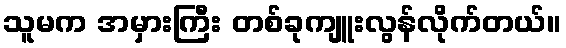
သူမက အမှားကြီး တစ်ခုကျူးလွန်လိုက်တယ်။